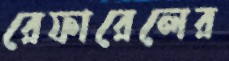
রেফারেলের